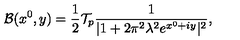
{ \cal B } ( x ^ { 0 } , y ) = { \frac { 1 } { 2 } } { \cal T } _ { p } { \frac { 1 } { | 1 + 2 \pi ^ { 2 } \lambda ^ { 2 } e ^ { x ^ { 0 } + i y } | ^ { 2 } } } ,